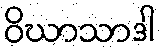
ဝိဃာသာဒါ